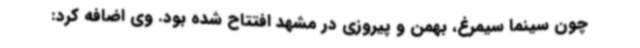
چون سینما سیمرغ، بهمن و پیروزی در مشهد افتتاح شده بود. وی اضافه کرد: